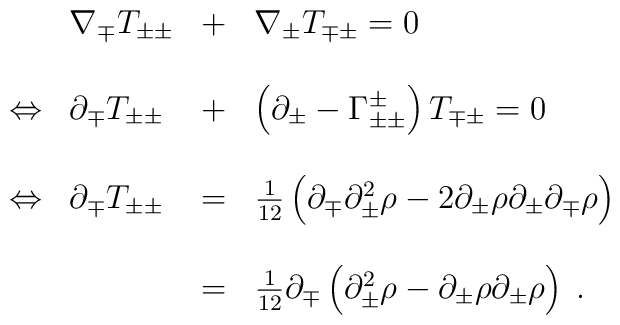
\begin{array}{llll}\ &\nabla_{\mp}T_{\pm\pm}&+&\nabla_{\pm}T_{\mp\pm}=0\\\\\Leftrightarrow&\partial_{\mp}T_{\pm\pm}&+&\left(\partial_{\pm}-\Gamma^{\pm}_{\pm\pm}\right)T_{\mp\pm}=0\\\\\Leftrightarrow&\partial_{\mp}T_{\pm\pm}&=&{1\over12}\left(\partial_{\mp}\partial_{\pm}^2\rho-2\partial_{\pm}\rho\partial_{\pm}\partial_{\mp}\rho\right)\\\\\ &\ &=&{1\over12}\partial_{\mp}\left(\partial_{\pm}^2\rho-\partial_{\pm}\rho\partial_{\pm}\rho\right)\;.\end{array}